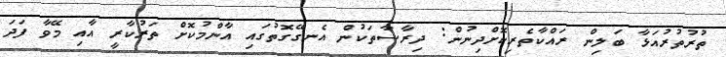
ތުރުތުރުއަޅާ ބަލިން ރައްކާތެރިކޮށްދިނުން: ދިރާސާތަކުން އެނގޭގޮތުގައި އާންމުކޮށް ތަރުކާރީ އާއި މޭވާ ފަދަ